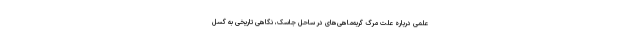
علمی درباره علت مرگ گربه‌ماهی‌های در ساحل جاسک، نگاهی تاریخی به گسل